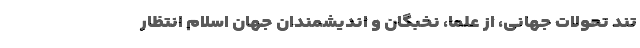
تند تحولات جهانی، از علما، نخبگان و اندیشمندانِ جهان اسلام انتظار